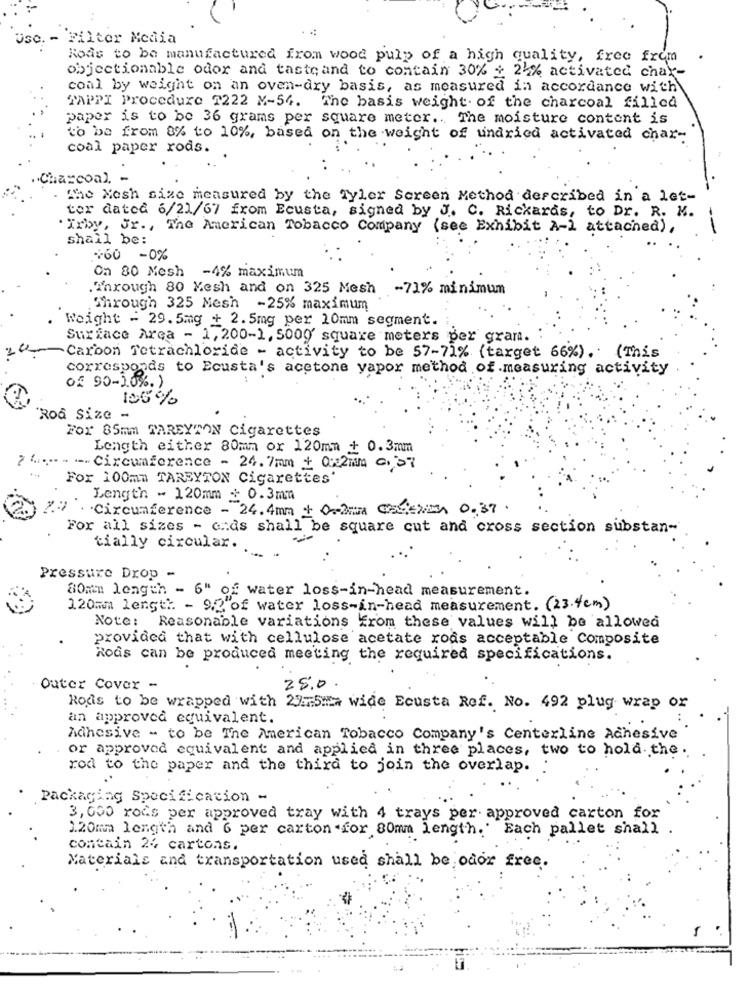
Use. - Filter Media
Rods to be manufactured from wood pulp of a high quality, free from
objectionable oder and taste and to contain 30% + 24% activated char-
coal by weight on an oven-dry basis, as measured in accordance with
TAPPI Procedure 7222 M-54. The basis weight of the charcoal filled
paper is to be 36 grams per square meter .. The moisture content is
to be from 8% to 10%, based on the weight of undried activated char-
coal paper rods.
·Charcoal. -
The Mesh size measured by the tyler Screen Method described in a let-
tor dated 6/21/67 from Ecusta, signed by J. C. Rickards, to Dr. R. M.
Irby, Jr ., The American Tobacco Company (see Exhibit A-) attached),
shall be:
$60 -0%
On 80 Mesh -4% maximum
Through 80 Kesh and on 325 Mesh
-73% minimum
Through 325 Mesh -25% maximum
Weight = 29.5mg + 2.5mg per 10mm segment.
Surface Area - 1,200-1, 5000' square meters per gran.
Carbon Tetrachloride - activity to be 57-71% (target 66%) . (This
corresponds to Ecusta's acetone yapor method of.measuring activity
of 90-10%. )
105%
Rod Size -
For 85mm TAREYTON Cigarettes
Length either 80mm or 120mm + 0.3mm
--- Circumference - 24.7mm + 0:22MM G. >7
For 100mm TARBYTON Cigarettes
Length - 120mm $ 0.3mm
Circumference - 24.4mm + 02: Case 0.37.
For all sizes - ands shall be square cut and cross section substan-
tially circular.
Pressure Drop -
80mm length - 6" of water loss-in-head measurement.
120mm length - 92 of water loss-in-head measurement. (23.4cm)
Note: Reasonable variations from these values will be allowed
provided that with cellulose acetate rods acceptable Composite
Rods can be produced meeting the required specifications.
Outer Cover -
25.0
Rods to be wrapped with 27.5mm wide Ecusta Ref. No. 492 plug wrap or
an approved equivalent.
Adhesive - to be The American Tobacco Company's Centerline Adhesive
or approved equivalent and applied in three places, two to hold the.
rod to the paper and the third to join the overlap.
..
Packaging Specification -
3,000 rods per approved tray with 4 trays per approved carton for
120mm length and 6 per carton .for 80mm length.' Each pallet shall
contain 24 cartons.
Materials and transportation used shall be odor free.
-